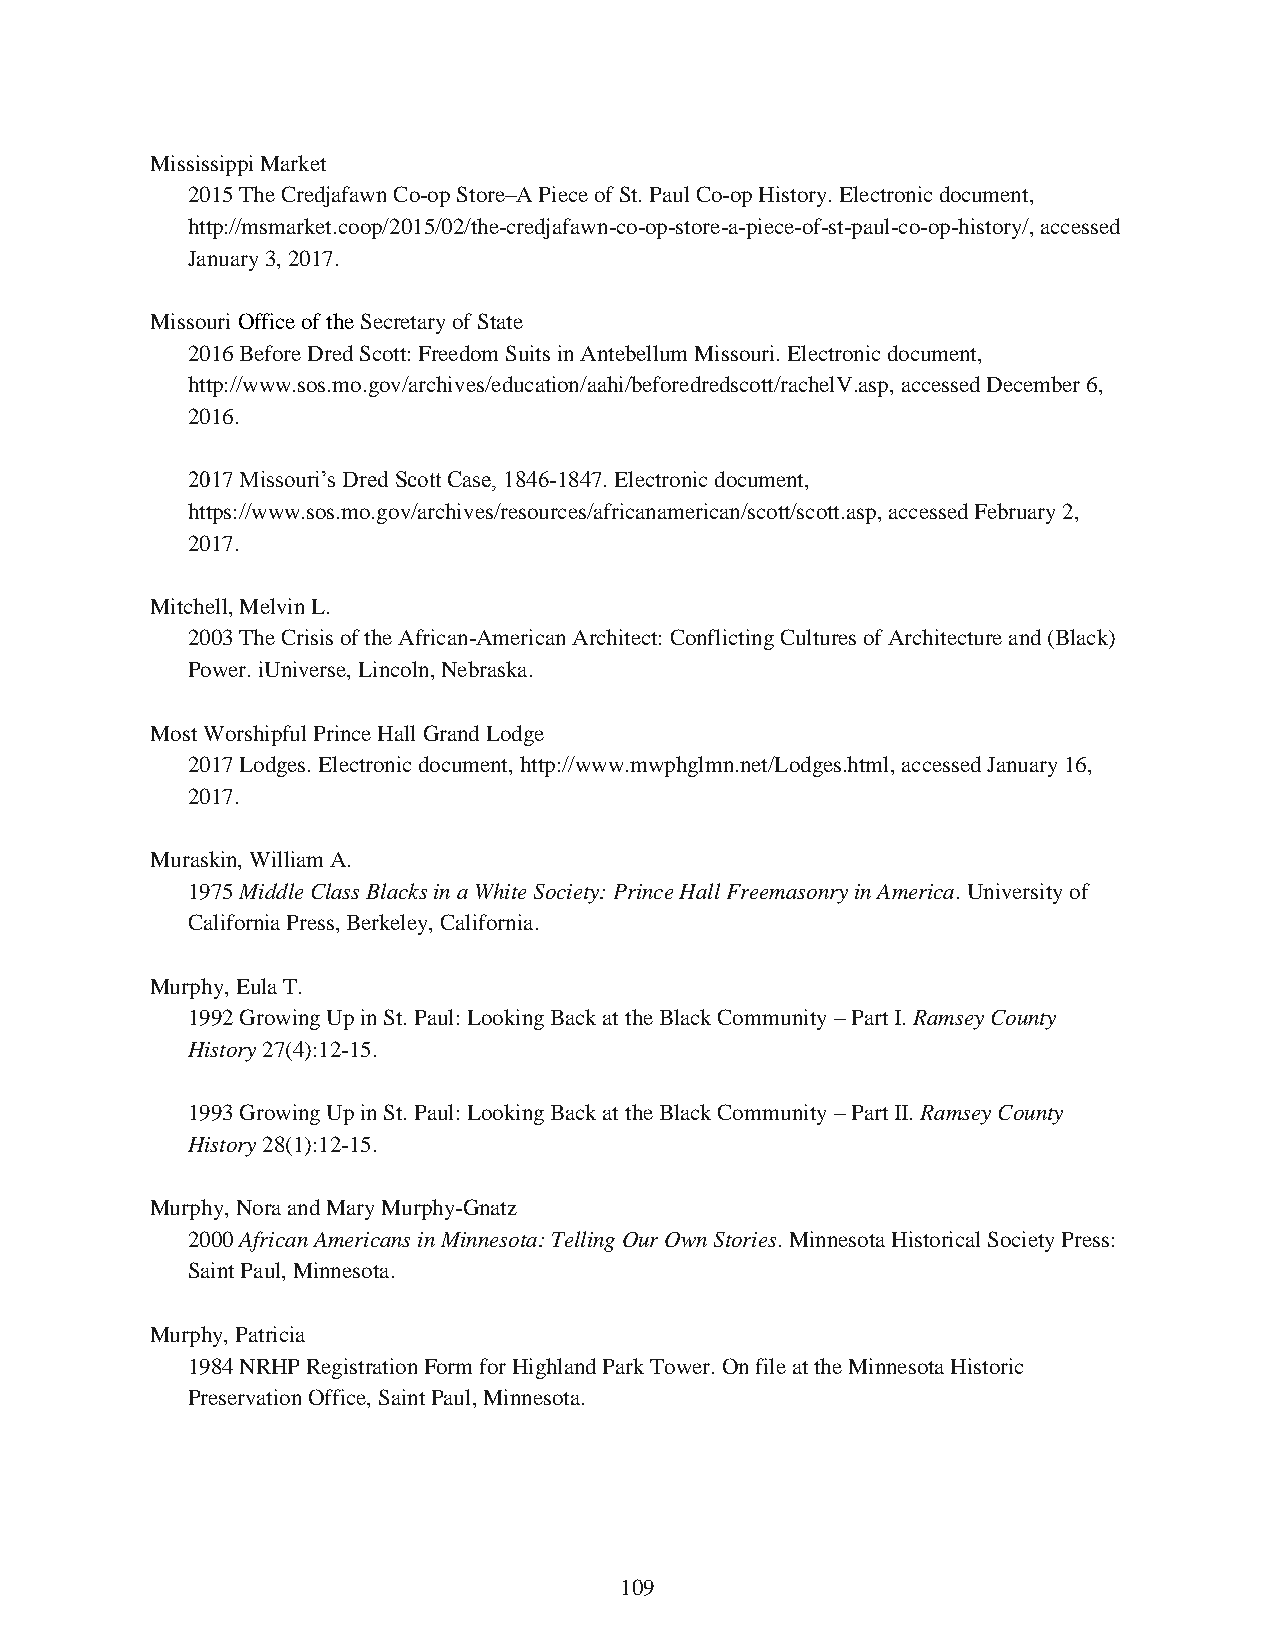
Mississippi Market
 2015 The Credjafawn Co-op Store–A Piece of St. Paul Co-op History. Electronic document,
 http://msmarket.coop/2015/02/the-credjafawn-co-op-store-a-piece-of-st-paul-co-op-history/, accessed
 January 3, 2017.
 Missouri Office of the Secretary of State
 2016 Before Dred Scott: Freedom Suits in Antebellum Missouri. Electronic document,
 http://www.sos.mo.gov/archives/education/aahi/beforedredscott/rachelV.asp, accessed December 6,
 2016.
 2017 Missouri’s Dred Scott Case, 1846-1847. Electronic document,
 https://www.sos.mo.gov/archives/resources/africanamerican/scott/scott.asp, accessed February 2,
 2017.
 Mitchell, Melvin L.
 2003 The Crisis of the African-American Architect: Conflicting Cultures of Architecture and (Black)
 Power. iUniverse, Lincoln, Nebraska.
 Most Worshipful Prince Hall Grand Lodge
 2017 Lodges. Electronic document, http://www.mwphglmn.net/Lodges.html, accessed January 16,
 2017.
 Muraskin, William A.
 1975 Middle Class Blacks in a White Society: Prince Hall Freemasonry in America. University of
 California Press, Berkeley, California.
 Murphy, Eula T.
 1992 Growing Up in St. Paul: Looking Back at the Black Community – Part I. Ramsey County
 History 27(4):12-15.
 1993 Growing Up in St. Paul: Looking Back at the Black Community – Part II. Ramsey County
 History 28(1):12-15.
 Murphy, Nora and Mary Murphy-Gnatz
 2000 African Americans in Minnesota: Telling Our Own Stories. Minnesota Historical Society Press:
 Saint Paul, Minnesota.
 Murphy, Patricia
 1984 NRHP Registration Form for Highland Park Tower. On file at the Minnesota Historic
 Preservation Office, Saint Paul, Minnesota.
 109